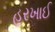
હરખાઈ